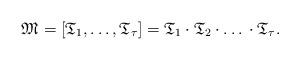
LaTeX: \begin{align*}\mathfrak{M} = [\mathfrak{T}_{1}, \dots, \mathfrak{T}_{\tau}] = \mathfrak{T}_{1} \cdot \mathfrak{T}_{2} \cdot \dots{} \cdot \mathfrak{T}_{\tau}.\end{align*}